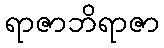
ရာဇာဘိရာဇာ